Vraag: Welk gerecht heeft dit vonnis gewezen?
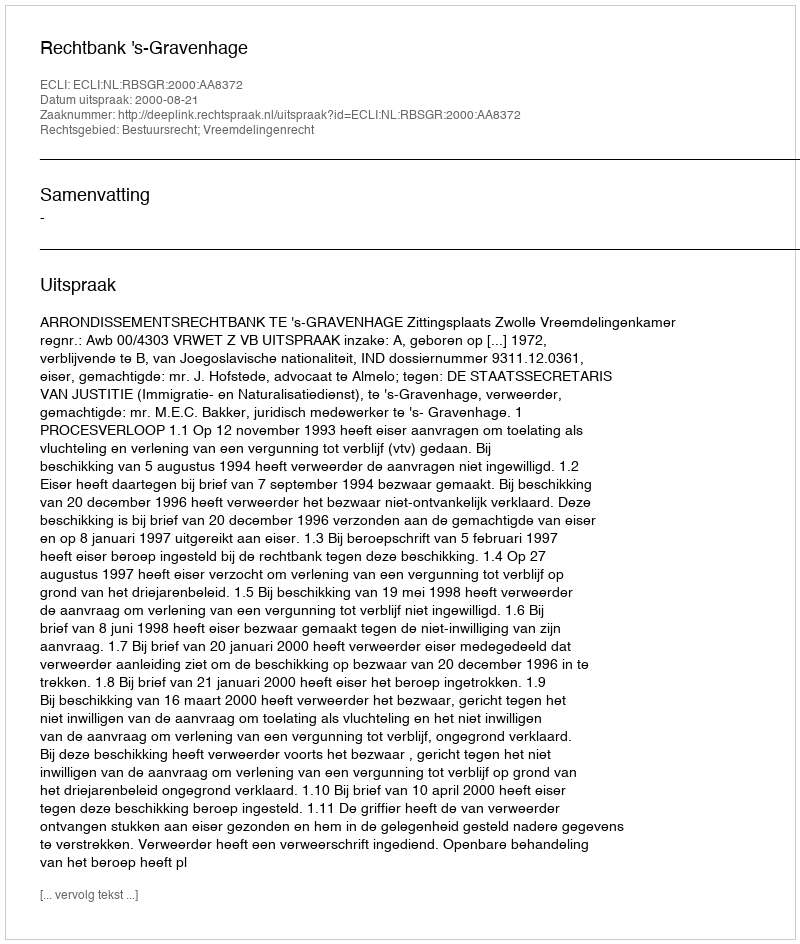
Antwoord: Rechtbank 's-Gravenhage